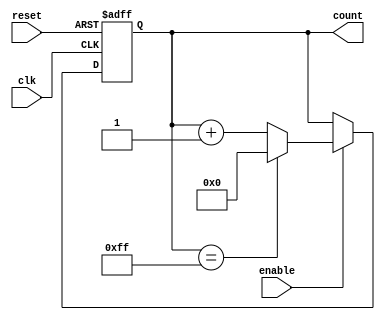
module binary_counter(
    input wire clk,
    input wire reset,
    input wire enable,
    output reg [7:0] count
);

reg [7:0] next_count;

always @(posedge clk or posedge reset) begin
    if (reset) begin
        count <= 8'b00000000;
    end else if (enable) begin
        if (count == 8'b11111111) begin
            count <= 8'b00000000;
        end else begin
            count <= count + 1;
        end
    end
end

endmodule